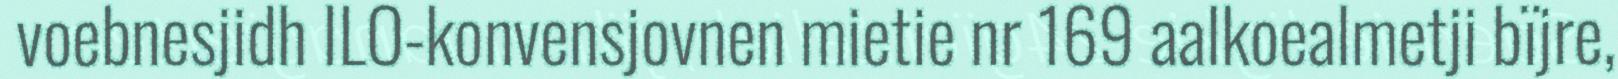
voebnesjidh ILO-konvensjovnen mietie nr 169 aalkoealmetji bïjre,